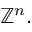
\mathbb { Z } ^ { n } .